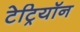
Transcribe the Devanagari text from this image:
टेट्रियॉन